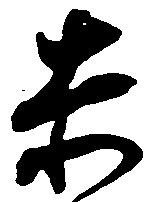
赤